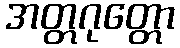
အတ္တဂုတ္တော